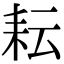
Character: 耘